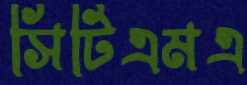
সিটিএমএ